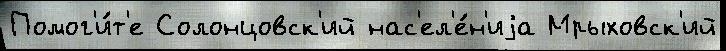
Помог'и́т'е Солонцовск'ий нас'ел'е́н'иjа Мрыховск'ий